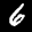
Label: 6